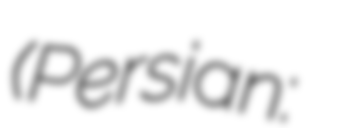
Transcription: (Persian: محمدحسين بن